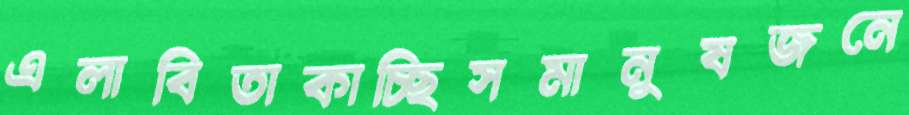
এলাবিতাকাচ্ছিসমানুষজনে